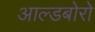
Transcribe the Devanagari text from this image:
आल्डबोरो